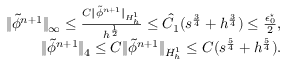
\begin{array} { r l r } & { } & { \| \tilde { \phi } ^ { n + 1 } \| _ { \infty } \leq \frac { C \| \tilde { \phi } ^ { n + 1 } \| _ { H _ { h } ^ { 1 } } } { h ^ { \frac { 1 } { 2 } } } \le \hat { C } _ { 1 } ( s ^ { \frac { 3 } { 4 } } + h ^ { \frac { 3 } { 4 } } ) \le \frac { \epsilon _ { 0 } ^ { \star } } { 2 } , } \\ & { } & { \| \tilde { \phi } ^ { n + 1 } \| _ { 4 } \leq C \| \tilde { \phi } ^ { n + 1 } \| _ { H _ { h } ^ { 1 } } \leq C ( s ^ { \frac { 5 } { 4 } } + h ^ { \frac { 5 } { 4 } } ) . } \end{array}